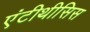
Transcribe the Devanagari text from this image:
एंटीथीसिस